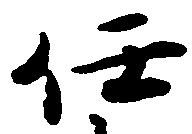
任